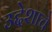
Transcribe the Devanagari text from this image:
उद्देशाचे